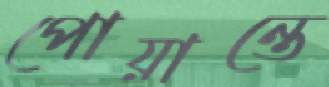
পোয়ান্তে